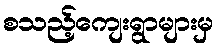
စသည့်ကျေးရွာများမှ